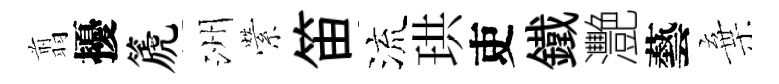
翦擾篪洲縈笛流珙吏鐵灧藝棄